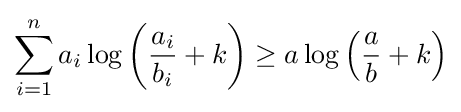
\sum _{i=1}^{n}a_{i}\log \left({\frac {a_{i}}{b_{i}}}+k\right)\geq a\log \left({\frac {a}{b}}+k\right)